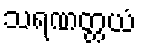
သရဏတ္တယံ